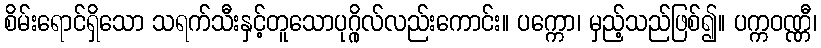
စိမ်းရောင်ရှိသော သရက်သီးနှင့်တူသောပုဂ္ဂိုလ်လည်းကောင်း။ ပက္ကော၊ မှည့်သည်ဖြစ်၍။ ပက္ကဝဏ္ဏီ၊